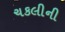
ચકલીની